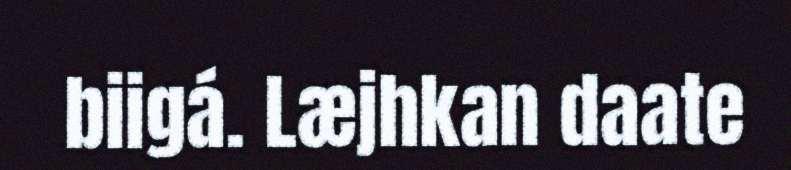
biigá. Læjhkan daate